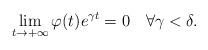
LaTeX: \begin{align*}\lim_{t\to +\infty}\varphi(t)e^{\gamma t}=0\quad\forall\gamma<\delta.\end{align*}